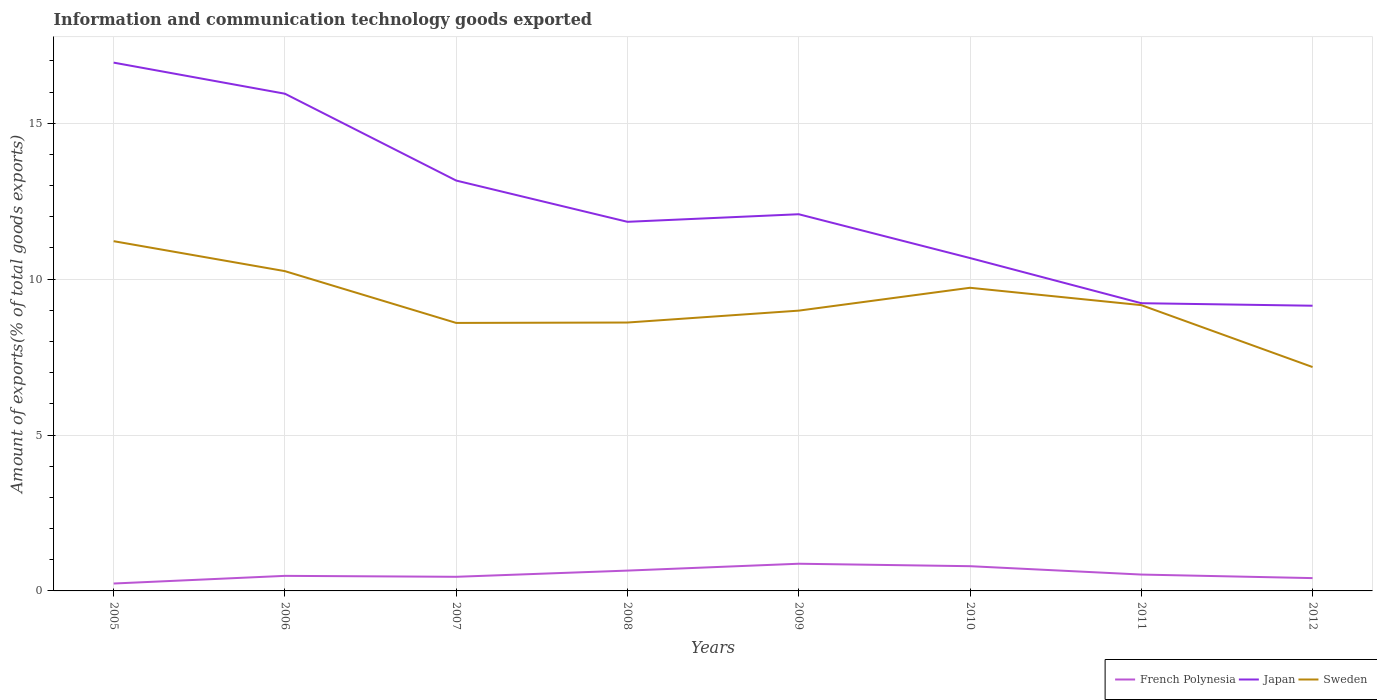
| Years | French Polynesia | Japan | Sweden |
 | --- | --- | --- | --- |
 | 2005 | 0.238 | 16.9 | 11.2 |
 | 2006 | 0.483 | 15.9 | 10.3 |
 | 2007 | 0.453 | 13.2 | 8.6 |
 | 2008 | 0.652 | 11.8 | 8.61 |
 | 2009 | 0.872 | 12.1 | 8.99 |
 | 2010 | 0.793 | 10.7 | 9.72 |
 | 2011 | 0.525 | 9.23 | 9.17 |
 | 2012 | 0.411 | 9.15 | 7.18 |